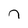
Character: n